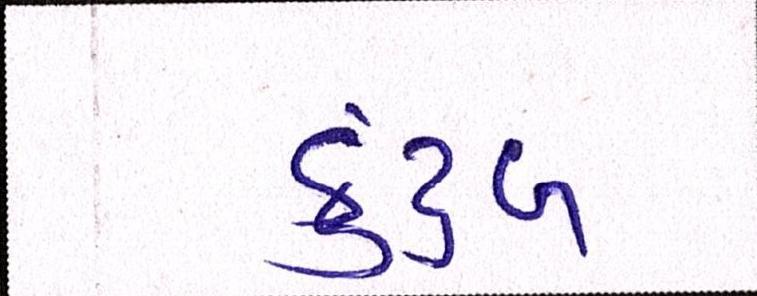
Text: કુટુંબ